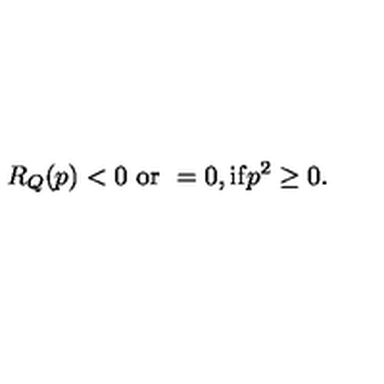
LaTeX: R _ { Q } ( p ) < 0 \ \mathrm { o r } \ = 0 , \mathrm { i f } p ^ { 2 } \geq 0 .